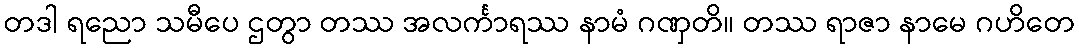
တဒါ ရညော သမီပေ ဌတွာ တဿ အလင်္ကာရဿ နာမံ ဂဏှတိ။ တဿ ရာဇာ နာမေ ဂဟိတေ